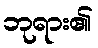
ဘုရား၏